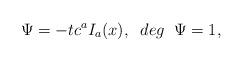
LaTeX: \begin{align*}\Psi =-tc^a I_{a} (x) , \;\;deg\;\;\Psi =1,\end{align*}